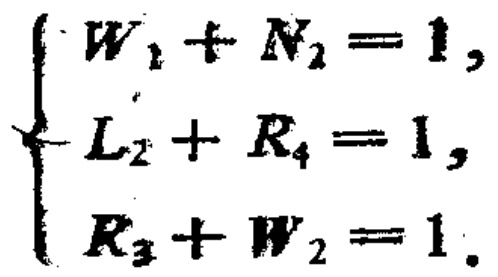
\[

\begin{cases}

W_{1}+N_{2}=1,\\

L_{2}+R_{4}=1,\\

R_{3}+W_{2}=1.

\end{cases}

\]